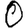
Digit: 0